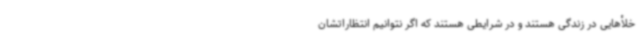
خلأهایی در زندگی هستند و در شرایطی هستند که اگر نتوانیم انتظاراتشان